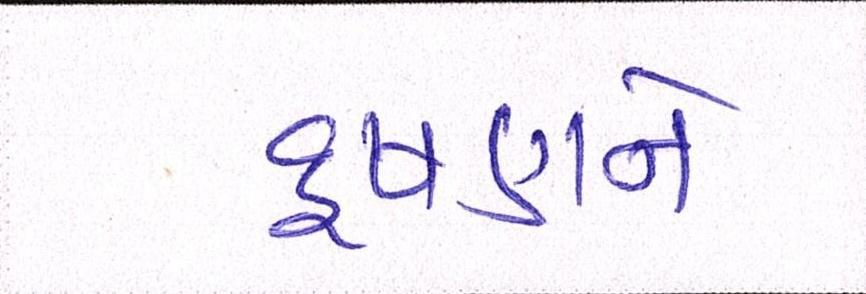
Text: દુષણને